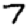
Digit: 7